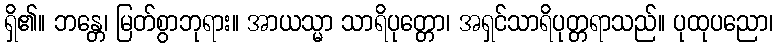
ရှိ၏။ ဘန္တေ၊ မြတ်စွာဘုရား။ အာယသ္မာ သာရိပုတ္တော၊ အရှင်သာရိပုတ္တရာသည်။ ပုထုပညော၊